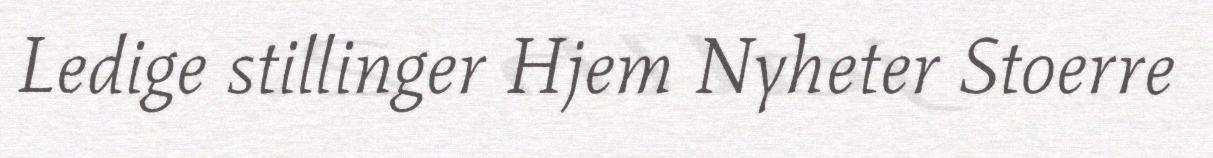
Ledige stillinger Hjem Nyheter Stoerre